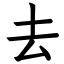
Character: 去